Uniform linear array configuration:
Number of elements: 4
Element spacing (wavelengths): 0.75
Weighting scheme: hann
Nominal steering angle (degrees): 30
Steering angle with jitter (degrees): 30.507
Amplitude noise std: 0.05
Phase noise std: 0.05

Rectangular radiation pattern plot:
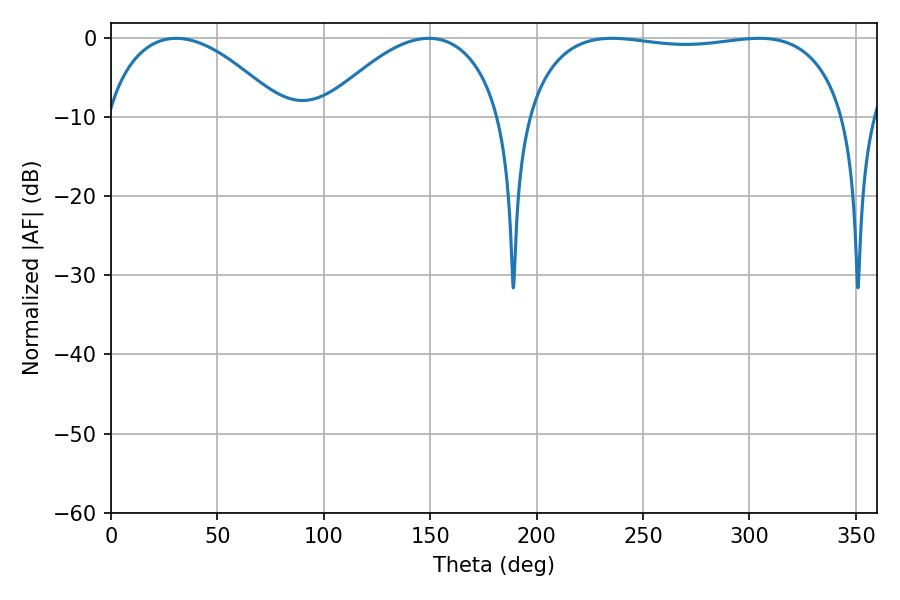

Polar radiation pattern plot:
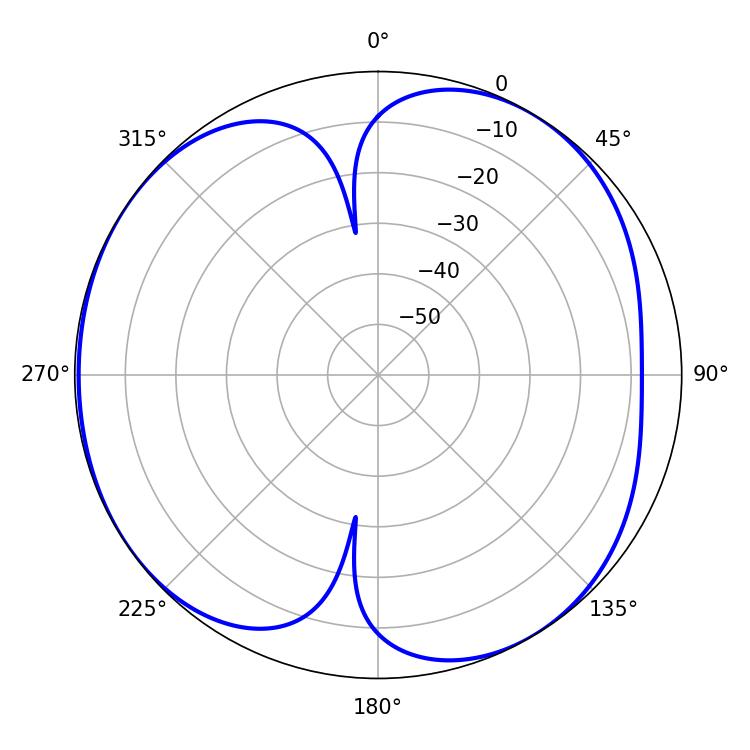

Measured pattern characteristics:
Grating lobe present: TRUE
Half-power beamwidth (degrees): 120.96
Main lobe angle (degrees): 235.44